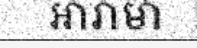
អារាមា